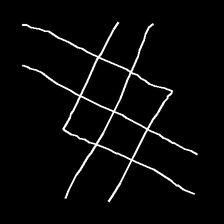
Glyph: crystal